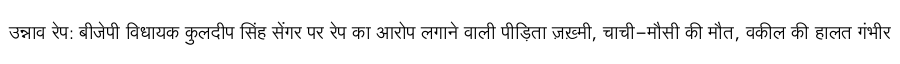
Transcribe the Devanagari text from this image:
उन्नाव रेप: बीजेपी विधायक कुलदीप सिंह सेंगर पर रेप का आरोप लगाने वाली पीड़िता ज़ख़्मी, चाची-मौसी की मौत, वकील की हालत गंभीर